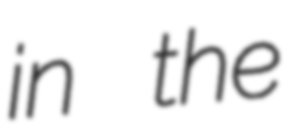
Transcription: in the